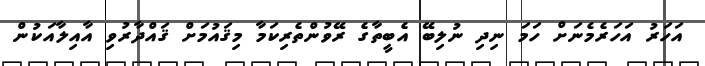
އަހަރު އަހަރެމެނަށް ހަމަ ނިދި ނުލިބޭ އެބީތާގެ ރޭވުންތެރިކަމާ މިޤައުމަށް ޤައްދާރުވި އާއިލާއަކުން